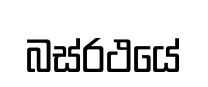
බස්රථයේ